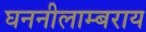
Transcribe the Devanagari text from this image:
घननीलाम्बराय